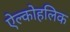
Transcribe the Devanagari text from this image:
ऐल्कोहलिक